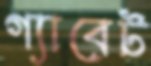
গ্যাবেট